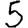
Digit: 5